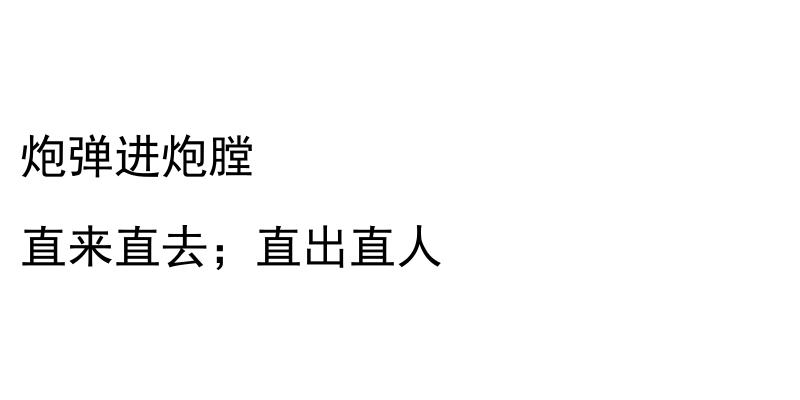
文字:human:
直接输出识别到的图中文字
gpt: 炮弹进炮膛 直来直去；直出直人